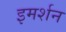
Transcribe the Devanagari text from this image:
इमर्शन